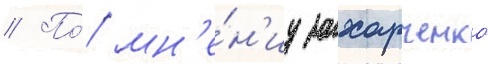
// По́ мн'е́н'иу захарченко